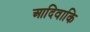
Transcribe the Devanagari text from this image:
आदिवाकि